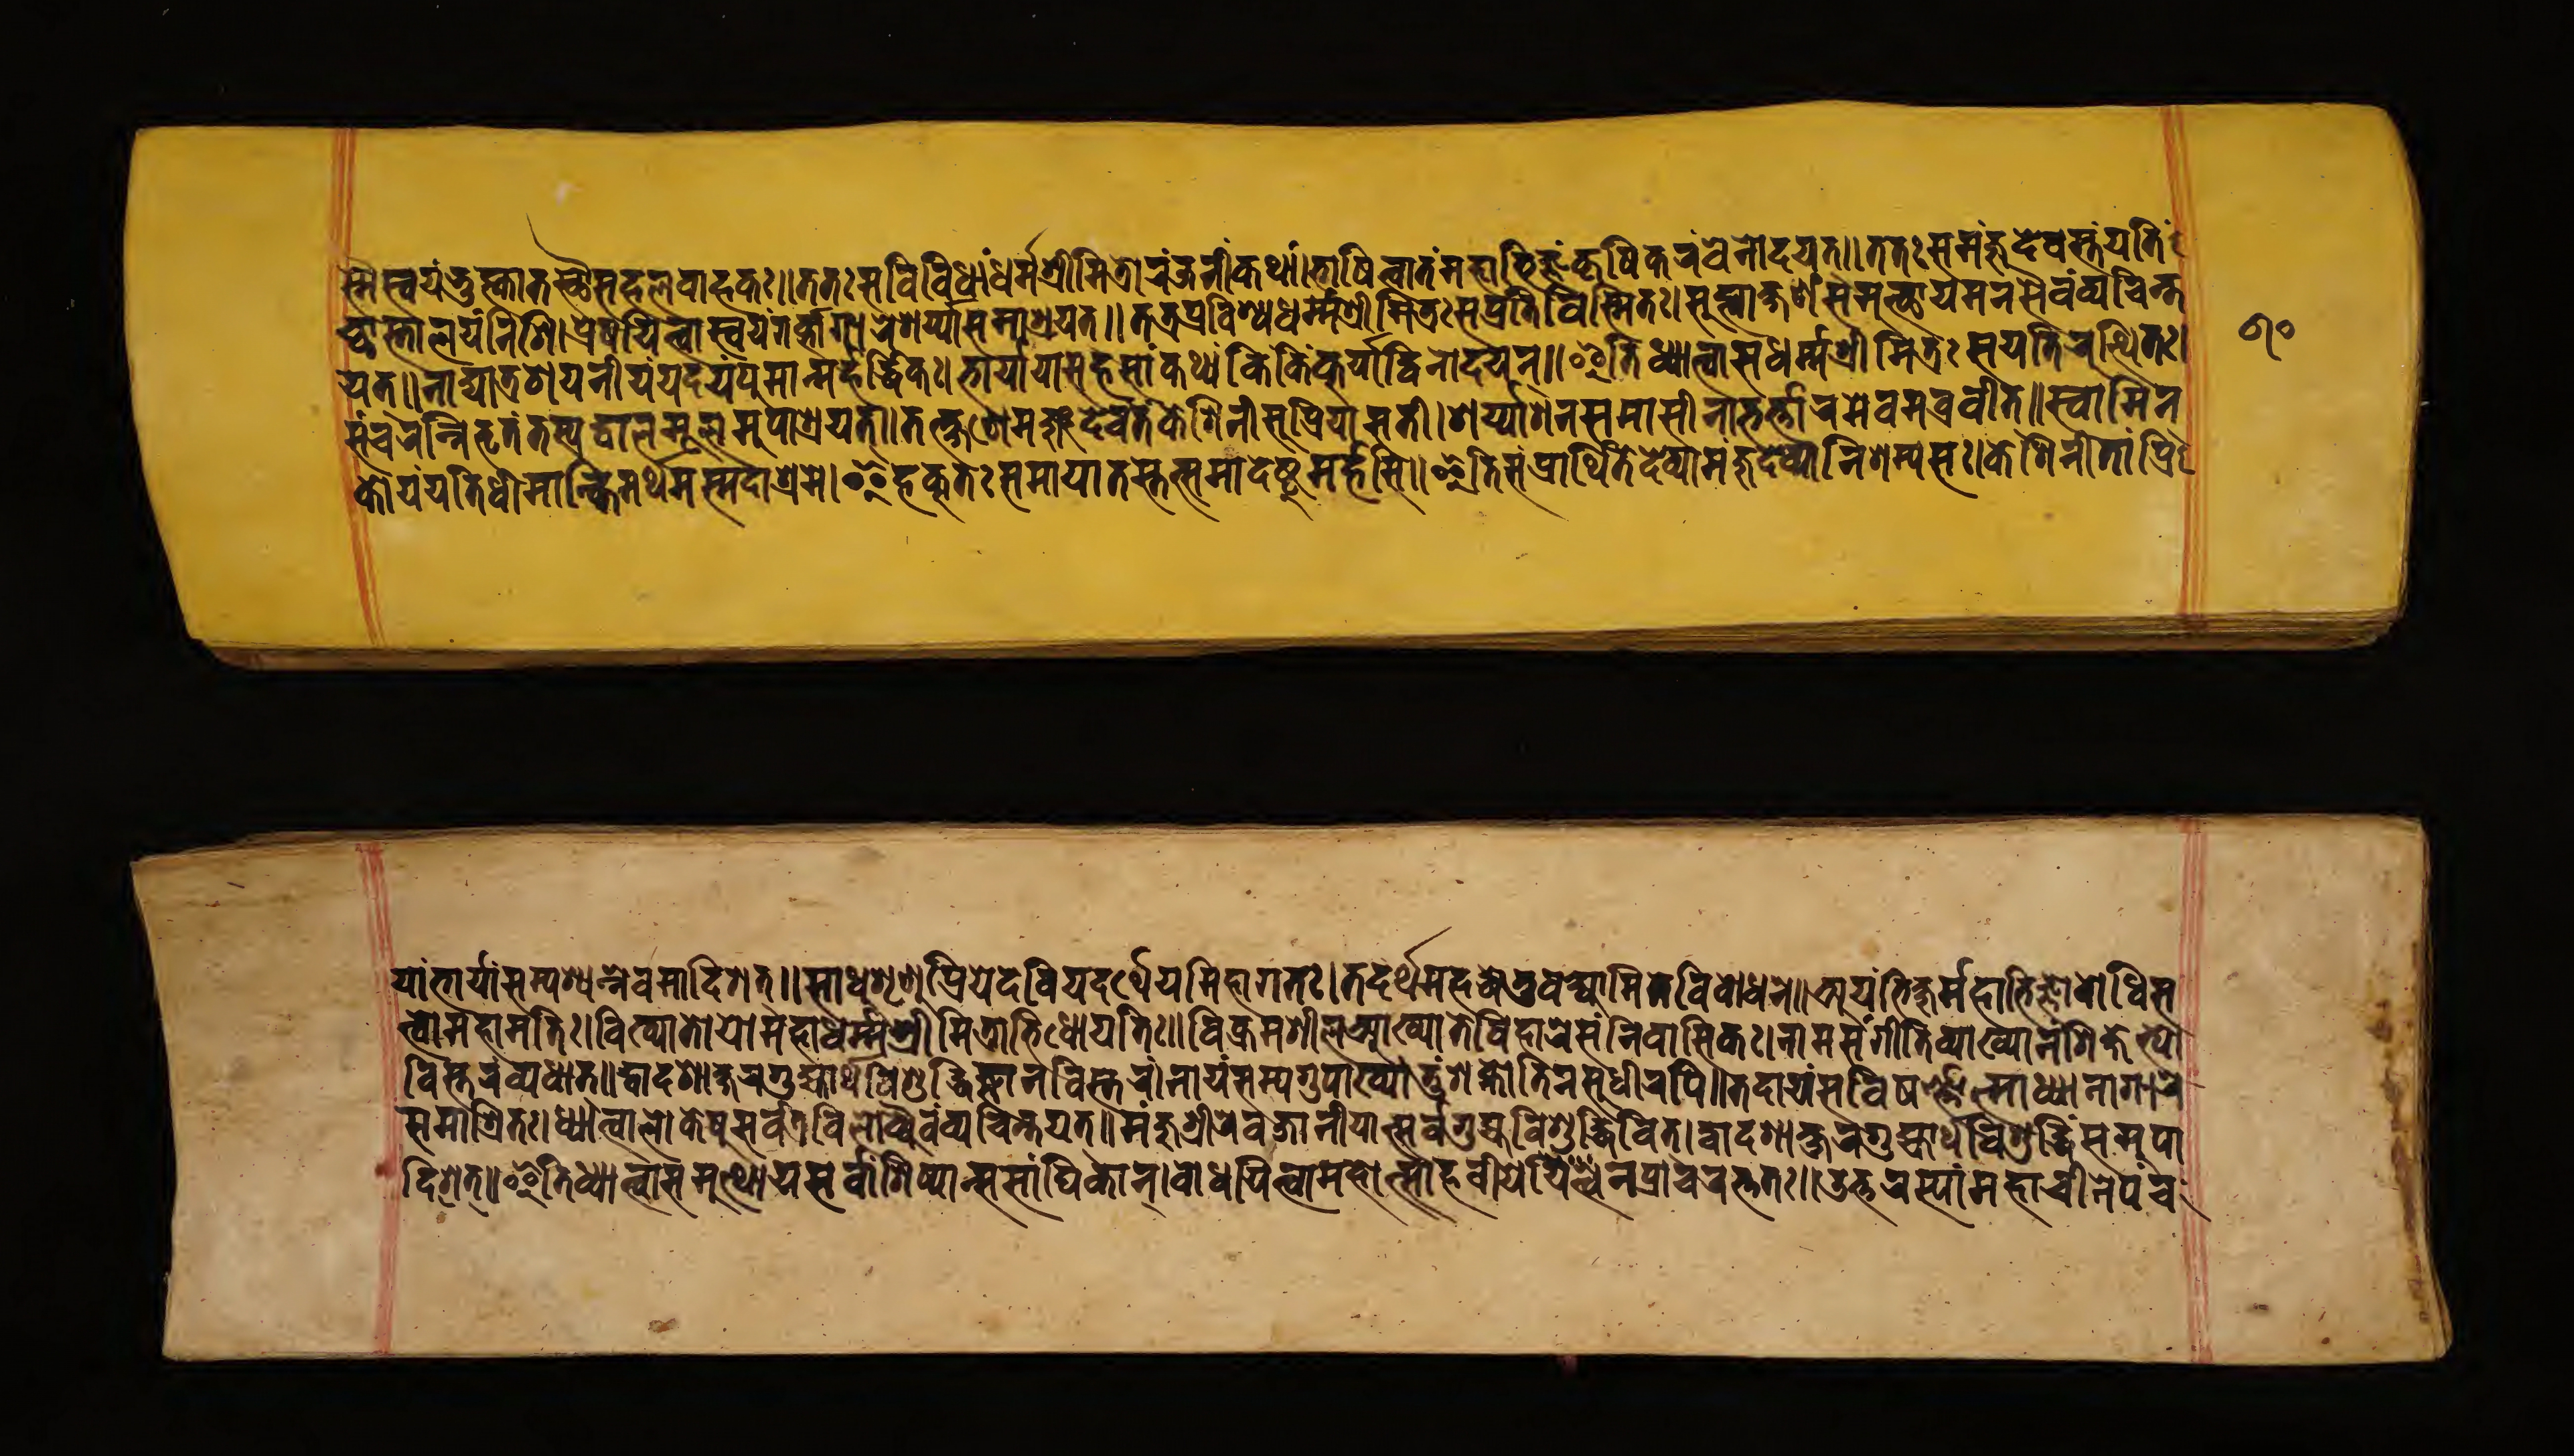
𑐳𑑂𑐩𑐿𑐳𑑂𑐰𑐫𑑄𑐨𑐸𑐎𑑂𑐟𑑂𑐰𑐵𑐟𑐳𑑂𑐠𑑁𑐳𑐴𑐮𑐰𑐵𑐴𑐎𑑅॥𑐟𑐟𑑅𑐳𑐰𑐶𑐰𑐶𑐢𑐵𑑄𑐢𑐬𑑂𑐩𑑂𑐩𑐱𑑂𑐬𑐷𑐩𑐶𑐟𑑂𑐬𑑀𑐬𑐖𑐣𑐷𑐎𑐠𑐵𑑄।𑐨𑐵𑐲𑐶𑐟𑑂𑐰𑐵𑐟𑑄𑐩𑐴𑐵𑐨𑐶𑐖𑑂𑐘𑑄𑐎𑐺𑐲𑐶𑐎𑐬𑑄𑐰𑑂𑐫𑐣𑑀𑐡𑐫𑐟𑑂॥𑐟𑐟𑑅𑐳𑐩𑐘𑑂𑐖𑐸𑐡𑐾𑐰𑐳𑑂𑐟𑑄𑐫𑐟𑐶 𑐕𑐵𑐟𑑂𑐬𑐵𑐮𑐫𑐾𑐣𑐶𑐱𑐶।𑐥𑑂𑐬𑐾𑐲𑐫𑐶𑐟𑑂𑐰𑐵𑐳𑑂𑐰𑐫𑑄𑐐𑐴𑑂𑐰𑐵𑐐𑐵𑐬𑐾𑐱𑐫𑑂𑐫𑐵𑑄𑐳𑐩𑐵𑐱𑑂𑐬𑐫𑐟𑑂॥𑐟𑐟𑑂𑐬𑐥𑑂𑐬𑐰𑐶𑐱𑑂𑐫𑐢𑐬𑑂𑐩𑑂𑐩𑐱𑑂𑐬𑐷𑐩𑐶𑐟𑑂𑐬𑐳𑑄𑐥𑑂𑐬𑐟𑐶𑐰𑐶𑐳𑑂𑐩𑐶𑐟𑑅।𑐳𑐸𑐥𑑂𑐟𑑂𑐰𑐵𑐎𑑂𑐲𑐞𑑄𑐳𑐩𑐸𑐟𑑂𑐠𑐵𑐫𑐩𑐣𑐳𑐿𑐰𑑄𑐰𑑂𑐫𑐔𑐶𑐣𑑂𑐟 𑐫𑐟𑑂॥𑐣𑐵𑐡𑑂𑐫𑐵𑐟𑑂𑐬𑐱𑐫𑐣𑐷𑐫𑑄𑐫𑐡𑐫𑑄𑐥𑐸𑐩𑐵𑐣𑑂𑐩𑐴𑐬𑑂𑐡𑑂𑐢𑐶𑐎𑑅।𑐨𑐵𑐬𑑂𑐫𑐵𑐫𑐵𑐳𑐴𑐳𑐵𑐎𑐠𑑂𑐫𑑄𑐎𑐶𑑄𑐎𑐶𑑄𑐎𑐸𑐬𑑂𑐫𑐵𑐡𑑂𑐰𑐶𑐣𑑀𑐡𑐫𑐣𑑂॥𑐂𑐟𑐶𑐢𑑂𑐫𑐵𑐟𑑂𑐰𑐵𑐳𑐢𑐬𑑂𑐩𑑂𑐩𑐱𑑂𑐬𑐷𑐩𑐶𑐟𑑂𑐬𑐫𑐟𑐶𑐬𑐸𑐟𑑂𑐠𑐶𑐟𑑅। 𑐳𑑄𑐰𑐬𑐣𑐶𑐨𑐺𑐟𑑄𑐟𑐳𑑂𑐫𑐡𑑂𑐰𑐵𑐬𑐩𑐹𑐮𑐩𑐸𑐥𑐵𑐱𑑂𑐬𑐫𑐾𑐟𑑂॥𑐟𑐟𑑂𑐎𑑂𑐲𑐞𑐾𑐩𑐘𑑂𑐖𑐸𑐡𑐾𑐰𑑄𑐟𑑄𑐎𑐾𑐱𑐶𑐣𑐷𑐳𑐸𑐥𑑂𑐬𑐶𑐫𑐵𑐳𑐟𑐷।𑐱𑐫𑐵𑐳𑐣𑐳𑐩𑐵𑐳𑐷𑐣𑐵𑐨𑐬𑑂𑐎𑑂𑐟𑐵𑐬𑐩𑐾𑐰𑐩𑐰𑑂𑐬𑐰𑐷𑐟𑑂॥𑐳𑑂𑐰𑐵𑐩𑐶𑐣𑑂 𑐎𑑀𑐫𑑄𑐫𑐟𑐶𑐬𑑂𑐢𑐷𑐩𑐵𑐣𑑂𑐎𑐶𑐩𑐬𑑂𑐠𑐩𑐳𑑂𑐩𑐡𑐵𑐱𑑂𑐬𑐩𑐾।𑐂𑐴𑐎𑐸𑐟𑑅𑐳𑐩𑐵𑐫𑐵𑐟𑐳𑑂𑐟𑐟𑑂𑐳𑐩𑐵𑐡𑐾𑐲𑑂𑐡𑐸𑐩𑐬𑑂𑐴𑐳𑐶॥𑐂𑐟𑐶𑐳𑑄𑐥𑑂𑐬𑐵𑐬𑑂𑐠𑐶𑐟𑑄𑐡𑐾𑐰𑑂𑐫𑐵𑐩𑐘𑑂𑐖𑐸𑐡𑐾𑐰𑑀𑐣𑐶𑐱𑐩𑑂𑐫𑐳𑑅।𑐎𑐾𑐱𑐶𑐣𑐷𑑄𑐟𑐵𑑄𑐥𑑂𑐬𑐶 𑐫𑐵𑑄𑐨𑐵𑐬𑑂𑐫𑐵𑑄𑐳𑐩𑑂𑐥𑐱𑑂𑐫𑐣𑑂𑐣𑐾𑐰𑐩𑐰𑑂𑐬𑐰𑐷𑐟𑑂॥𑐳𑐵𑐢𑐸𑐱𑐺𑐞𑐸𑐥𑑂𑐬𑐶𑐫𑐾𑐡𑐾𑐰𑐷𑐫𑐡𑐬𑑂𑐠𑐫𑐩𑐶𑐩𑐶𑐴𑐵𑐐𑐟𑑅।𑐟𑐡𑐬𑑂𑐠𑐴𑐶𑐩𑐴𑐡𑑂𑐢𑐾𑐟𑐸𑐰𑐎𑑂𑐲𑑂𑐫𑐵𑐩𑐶𑐟𑐾𑐰𑐶𑐔𑐵𑐢𑐣𑐾॥𑐀𑐫𑑄𑐨𑐶𑐎𑑂𑐲𑐸𑐩𑐴𑐵𑐨𑐶𑐖𑑂𑐘𑑀𑐧𑑀𑐢𑐶𑐳 𑐟𑑂𑐟𑑂𑐰𑑀𑐩𑐴𑐵𑐩𑐟𑐶𑑅।𑐰𑐶𑐏𑑂𑐫𑐵𑐟𑑀𑐫𑑀𑐩𑐴𑐵𑐢𑐬𑑂𑐩𑑂𑐩𑐱𑑂𑐬𑐷𑐩𑐶𑐟𑑂𑐬𑑀𑐨𑐶𑐢𑑀𑐫𑐟𑐶𑑅॥𑐰𑐶𑐎𑑂𑐬𑐩𑐱𑐷𑐮𑐁𑐏𑑂𑐫𑐵𑐟𑐾𑐰𑐶𑐴𑐵𑐬𑐾𑐳𑐣𑐶𑐰𑐵𑐳𑐎𑑅।𑐣𑐵𑐩𑐳𑑄𑐐𑐷𑐟𑐶𑐰𑑂𑐫𑐵𑐏𑑂𑐫𑐵𑐣𑑄𑐱𑐶𑐎𑑂𑐲𑐾𑐨𑑂𑐫𑑀 𑐰𑐶𑐳𑑂𑐟𑐬𑑄𑐰𑑂𑐫𑐢𑐵𑐟𑑂॥𑐡𑑂𑐰𑐵𑐡𑐱𑐵𑐎𑑂𑐲𑐬𑐐𑐸𑐴𑑂𑐫𑐵𑐬𑑂𑐠𑐰𑐶𑐱𑐸𑐡𑑂𑐢𑐶𑐖𑑂𑐘𑐵𑐣𑐰𑐶𑐳𑑂𑐟𑐬𑑄।𑐣𑐵𑐩𑐳𑐩𑑂𑐫𑐐𑐸𑐥𑐵𑐏𑑂𑐫𑐵𑐟𑐸𑑄𑐱𑐎𑑂𑐣𑑀𑐟𑐶𑐣𑐳𑐸𑐢𑐷𑐬𑐥𑐶॥𑐟𑐡𑐵𑐫𑑄𑐔𑐰𑐶𑐲𑐞𑑂𑐞𑐵𑐟𑑂𑐩𑐵𑑅𑐢𑑂𑐫𑐵𑐣𑐵𑐐𑐵𑐬𑐾 𑐳𑐩𑐵𑐱𑑂𑐬𑐶𑐟𑑅।𑐢𑑂𑐫𑐵𑐟𑑂𑐰𑐵𑐮𑑀𑐎𑐾𑐲𑐸𑐳𑐬𑑂𑐰𑐟𑑂𑐬𑐰𑐶𑐮𑑀𑐎𑑂𑐫𑐿𑐰𑑄𑐰𑑂𑐫𑐔𑐶𑐣𑑂𑐟𑐫𑐟𑑂॥𑐩𑐘𑑂𑐖𑐸𑐱𑑂𑐬𑐷𑐬𑐾𑐰𑐖𑐵𑐣𑐷𑐫𑐵𑐟𑑂𑐳𑐬𑑂𑐰𑐐𑐸𑐴𑑂𑐫𑐰𑐶𑐱𑐸𑐡𑑂𑐢𑐶𑐰𑐶𑐟𑑂।𑐡𑑂𑐰𑐵𑐡𑐱𑐵𑐎𑑂𑐲𑐬𑐐𑐸𑐴𑑂𑐫𑐵𑐬𑑂𑐠𑐰𑐶𑐱𑐸𑐡𑑂𑐢𑐶𑑄𑐳𑐩𑐸𑐥𑐵 𑐡𑐶𑐱𑐟𑑂॥𑐂𑐟𑐶𑐢𑑂𑐫𑐵𑐟𑑂𑐰𑐵𑐳𑐩𑐸𑐟𑑂𑐠𑐵𑐫𑐳𑐬𑑂𑐰𑐵𑐣𑑂𑐱𑐶𑐲𑑂𑐫𑐵𑐣𑑂𑐳𑐳𑐵𑑄𑐑𑐶𑐎𑐵𑐣𑑂।𑐧𑑀𑐢𑐫𑐶𑐟𑑂𑐰𑐵𑐩𑐴𑑀𑐟𑑂𑐳𑐵𑐴𑑅𑐰𑐷𑐬𑑂𑐫𑐾𑐞𑐥𑑂𑐬𑐔𑐵𑐬𑐎𑑂𑐟𑐟𑑅॥𑐄𑐎𑑂𑐟𑐬𑐳𑑂𑐫𑐵𑑄𑐩𑐴𑐵𑐔𑐷𑐣𑐾𑐥𑐘𑑂𑐔 𑑖𑑐